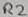
Text: R2